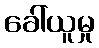
ခေါ်ယူမှု